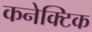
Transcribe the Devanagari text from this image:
कनेक्टिक